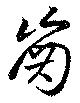
齒